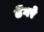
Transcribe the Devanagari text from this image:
ढेंगरे